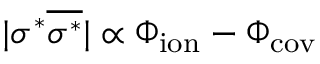
| \sigma ^ { * } \overline { { \sigma ^ { * } } } | \propto \Phi _ { \mathrm { i o n } } - \Phi _ { \mathrm { c o v } }